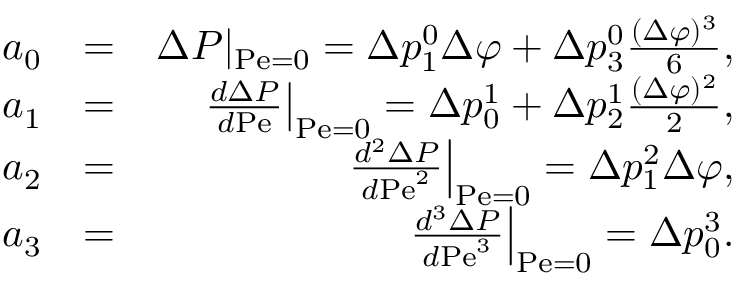
\begin{array} { r l r } { a _ { 0 } } & { = } & { \Delta P | _ { \mathrm { P e } = 0 } = \Delta p _ { 1 } ^ { 0 } \Delta \varphi + \Delta p _ { 3 } ^ { 0 } \frac { ( \Delta \varphi ) ^ { 3 } } { 6 } , } \\ { a _ { 1 } } & { = } & { \left. \frac { d \Delta P } { d \mathrm { P e } } \right| _ { \mathrm { P e } = 0 } = \Delta p _ { 0 } ^ { 1 } + \Delta p _ { 2 } ^ { 1 } \frac { ( \Delta \varphi ) ^ { 2 } } { 2 } , } \\ { a _ { 2 } } & { = } & { \left. \frac { d ^ { 2 } \Delta P } { d \mathrm { P e } ^ { 2 } } \right| _ { \mathrm { P e } = 0 } = \Delta p _ { 1 } ^ { 2 } \Delta \varphi , } \\ { a _ { 3 } } & { = } & { \left. \frac { d ^ { 3 } \Delta P } { d \mathrm { P e } ^ { 3 } } \right| _ { \mathrm { P e } = 0 } = \Delta p _ { 0 } ^ { 3 } . } \end{array}